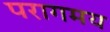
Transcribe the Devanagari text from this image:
परागमय